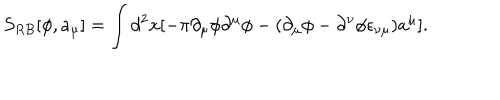
S _ { R B } [ \phi , a _ { \mu } ] = \int d ^ { 2 } x [ - \pi \partial _ { \mu } \phi \partial ^ { \mu } \phi - ( \partial _ { \mu } \phi - \partial ^ { \nu } \phi \epsilon _ { \nu \mu } ) a ^ { \mu } ] .